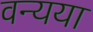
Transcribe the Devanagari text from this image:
वन्यया